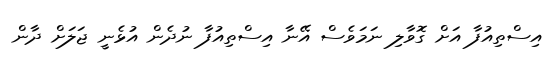
އިސްތިއުފާ އަށް ގޮވާލި ނަމަވެސް އޭނާ އިސްތިއުފާ ނުދެން އުޅެނީ ޖަލަށް ދާން